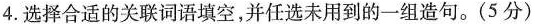
4.选择合适的关联词语填空，并任选未用到的一组造句。(5分)